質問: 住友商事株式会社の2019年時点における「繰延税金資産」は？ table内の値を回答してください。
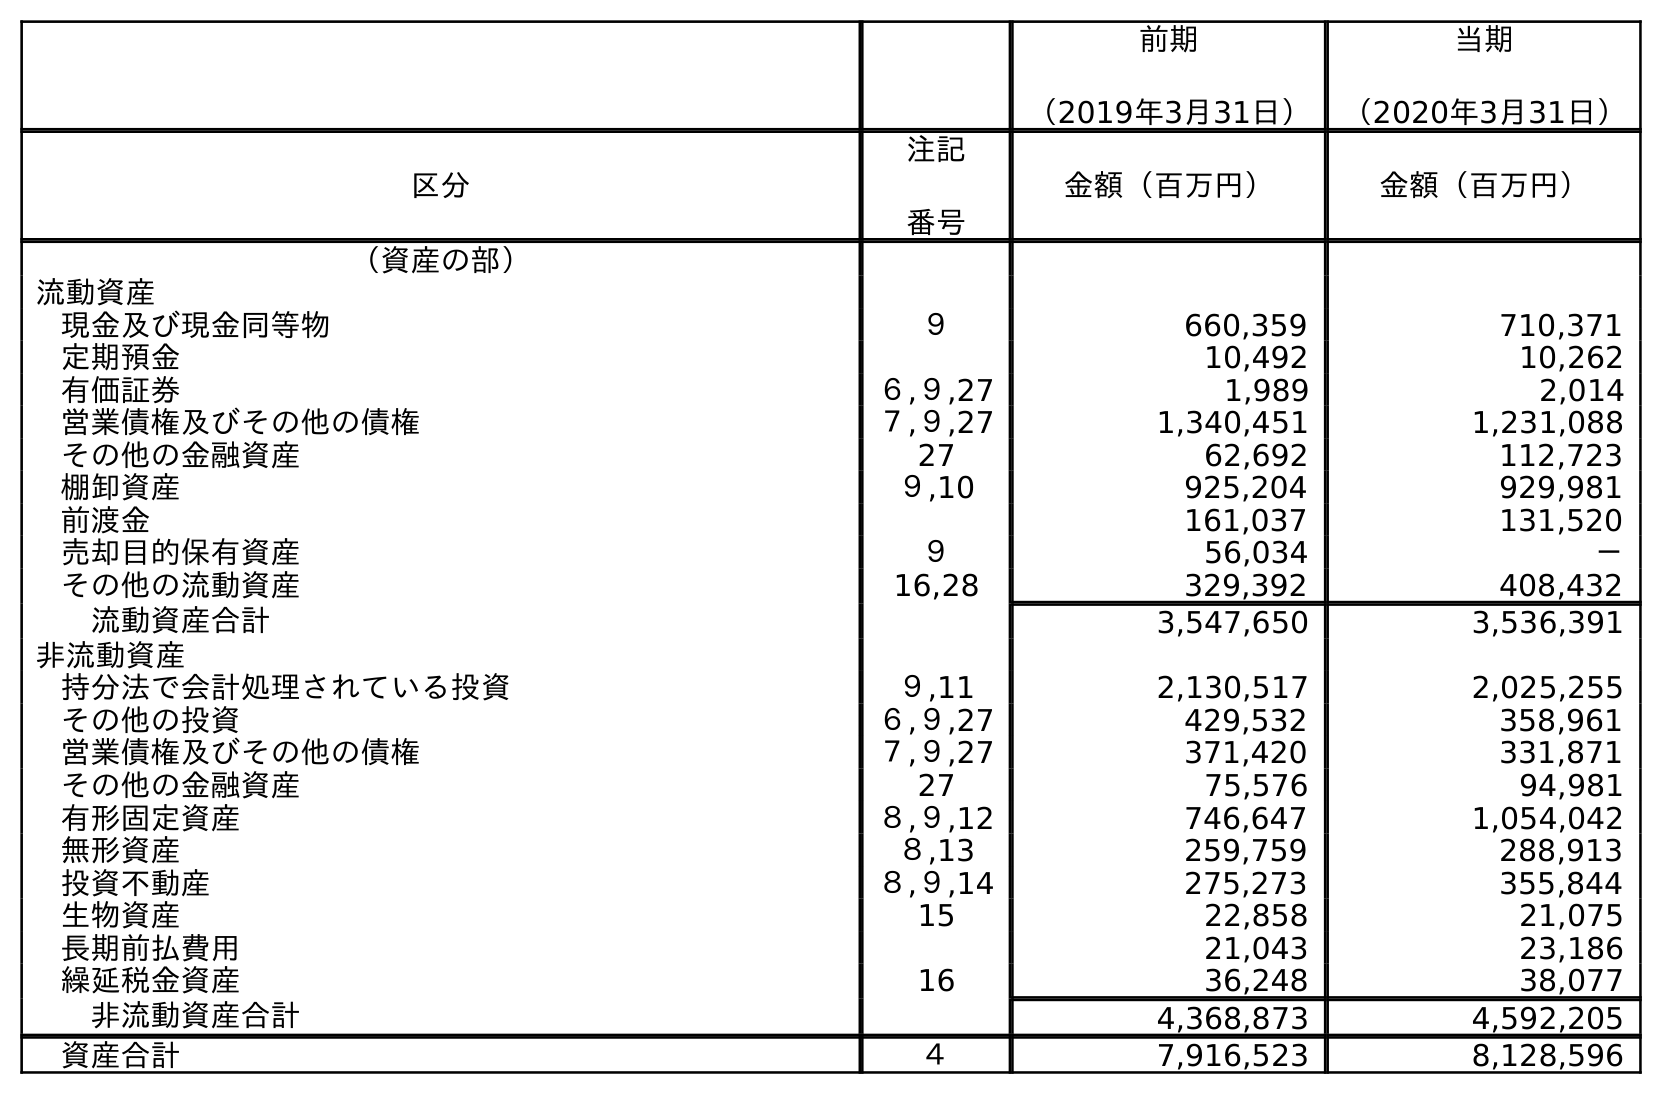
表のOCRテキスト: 前期 （2019年3月31日） 当期 （2020年3月31日） 区分 注記 番号 金額（百万円） 金額（百万円） （資産の部） 流動資産 現金及び現金同等物 ９ 660,359 710,371 定期預金 10,492 10,262 有価証券 ６,９,27 1,989 2,014 営業債権及びその他の債権 ７,９,27 1,340,451 1,231,088 その他の金融資産 27 62,692 112,723 棚卸資産 ９,10 925,204 929,981 前渡金 161,037 131,520 売却目的保有資産 ９ 56,034 － その他の流動資産 16,28 329,392 408,432 流動資産合計 3,547,650 3,536,391 非流動資産 持分法で会計処理されている投資 ９,11 2,130,517 2,025,255 その他の投資 ６,９,27 429,532 358,961 営業債権及びその他の債権 ７,９,27 371,420 331,871 その他の金融資産 27 75,576 94,981 有形固定資産 ８,９,12 746,647 1,054,042 無形資産 ８,13 259,759 288,913 投資不動産 ８,９,14 275,273 355,844 生物資産 15 22,858 21,075 長期前払費用 21,043 23,186 繰延税金資産 16 36,248 38,077 非流動資産合計 4,368,873 4,592,205 資産合計 ４ 7,916,523 8,128,596
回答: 36,248